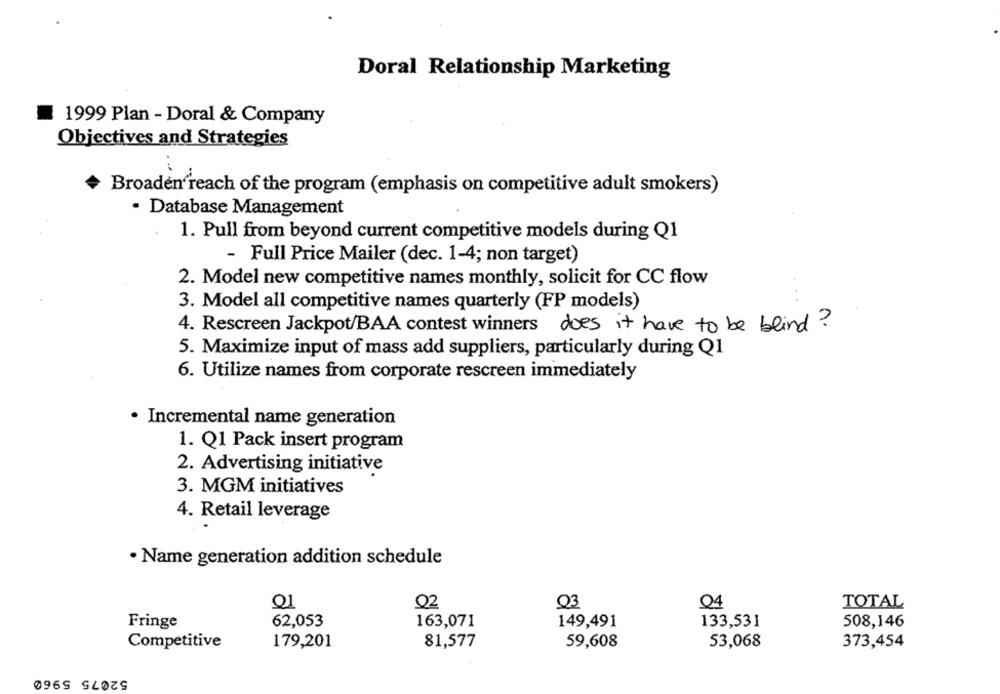
Doral Relationship Marketing
1999 Plan - Doral & Company
Objectives and Strategies
Broaden reach of the program (emphasis on competitive adult smokers)
· Database Management
1. Pull from beyond current competitive models during Q1
- Full Price Mailer (dec. 1-4; non target)
2. Model new competitive names monthly, solicit for CC flow
3. Model all competitive names quarterly (FP models)
4. Rescreen Jackpot/BAA contest winners does it have to be blind?
5. Maximize input of mass add suppliers, particularly during Q1
6. Utilize names from corporate rescreen immediately
. Incremental name generation
1. Q1 Pack insert program
2. Advertising initiative
3. MGM initiatives
4. Retail leverage
· Name generation addition schedule
Q2
Q3
04
TOTAL
Fringe
62,053
163,071
149,491
133,531
508,146
Competitive
179,201
81,577
59,608
53,068
373,454
52075 5960